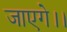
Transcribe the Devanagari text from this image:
जाएगे।।